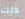
ذلك